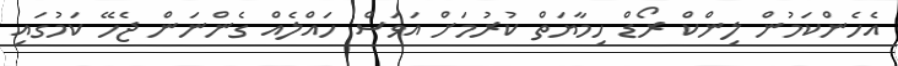
އެހެންކަމުން ލިންކް ރޯޑް ހިމާޔަތް ކުރުމަށް އަވަސް ހައްލެއް ގެންނަން ޖެހޭ ކަމުގައި